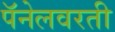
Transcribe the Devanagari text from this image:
पॅनेलवरती